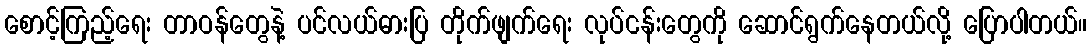
စောင့်ကြည့်ရေး တာဝန်တွေနဲ့ ပင်လယ်ဓားပြ တိုက်ဖျက်ရေး လုပ်ငန်းတွေကို ဆောင်ရွက်နေတယ်လို့ ပြောပါတယ်။